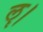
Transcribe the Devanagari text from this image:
ॡ।